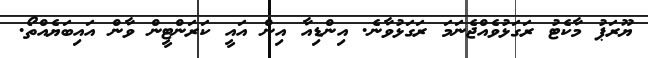
ޔޫރަޕު މާކެޓު ރަގަޅުވެއްޖެނަމަ ރަގަޅުވާނެ. އިންޑިއާ އިން އައީ ކަރަންޓީން ވާން އައިބަޔެއްތޯ.